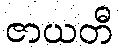
ဇာယတီ